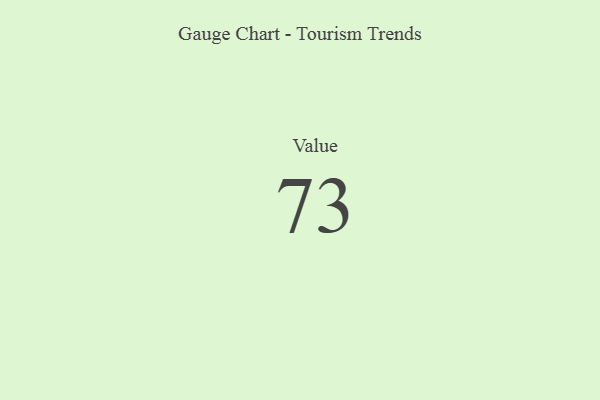
{"axis": {"x": "Metric", "y": "Value"}, "legend": [""], "data": [{"x": "Value", "y": 73, "type": ""}]}